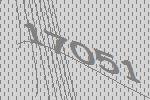
17051